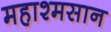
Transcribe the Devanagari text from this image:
महाश्मसान